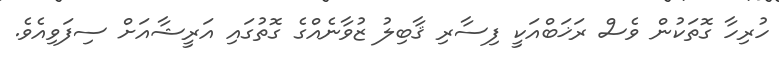
ހުރިހާ ގޮތަކުން ވެސް ރަޚަބްއަކީ ފިސާރި ޤާބިލު ޒުވާނެއްގެ ގޮތުގައި އަރީޝާއަށް ސިފަވިއެވެ.